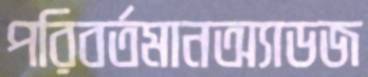
পরিবর্তমানঅ্যাডজ